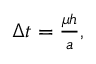
\begin{array} { r } { \Delta t = \frac { \mu h } { a } , } \end{array}